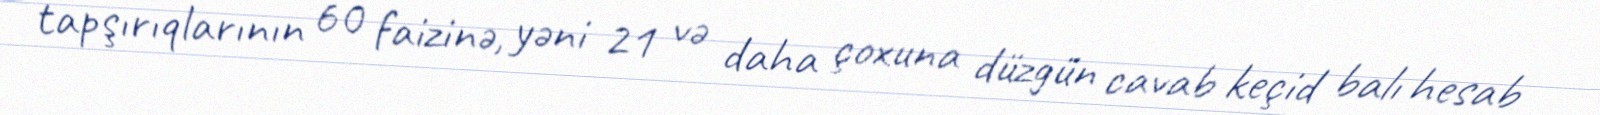
tapşırıqlarının 60 faizinə, yəni 21 və daha çoxuna düzgün cavab keçid balı hesab